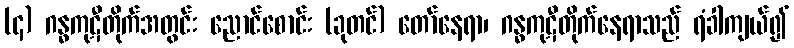
(၄) ဂန္ဓကုဋီတိုက်အတွင်း ညောင်စောင်း (ခုတင်) တော်နေရာ၊ ဂန္ဓကုဋီတိုက်နေရာသည် ရံခါကျယ်၍